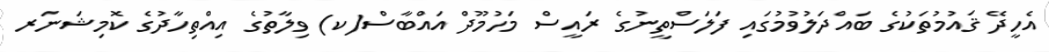
އެހީދޭ ޤައުމުތަކުގެ ބައްދަލުވުމުގައި ފަލަސްތީނުގެ ރައީސް މަހުމޫދް އައްބާސް(ކ) ވިލާތުގެ އިއްތިހާދުގެ ކޮމިޝަނަރ